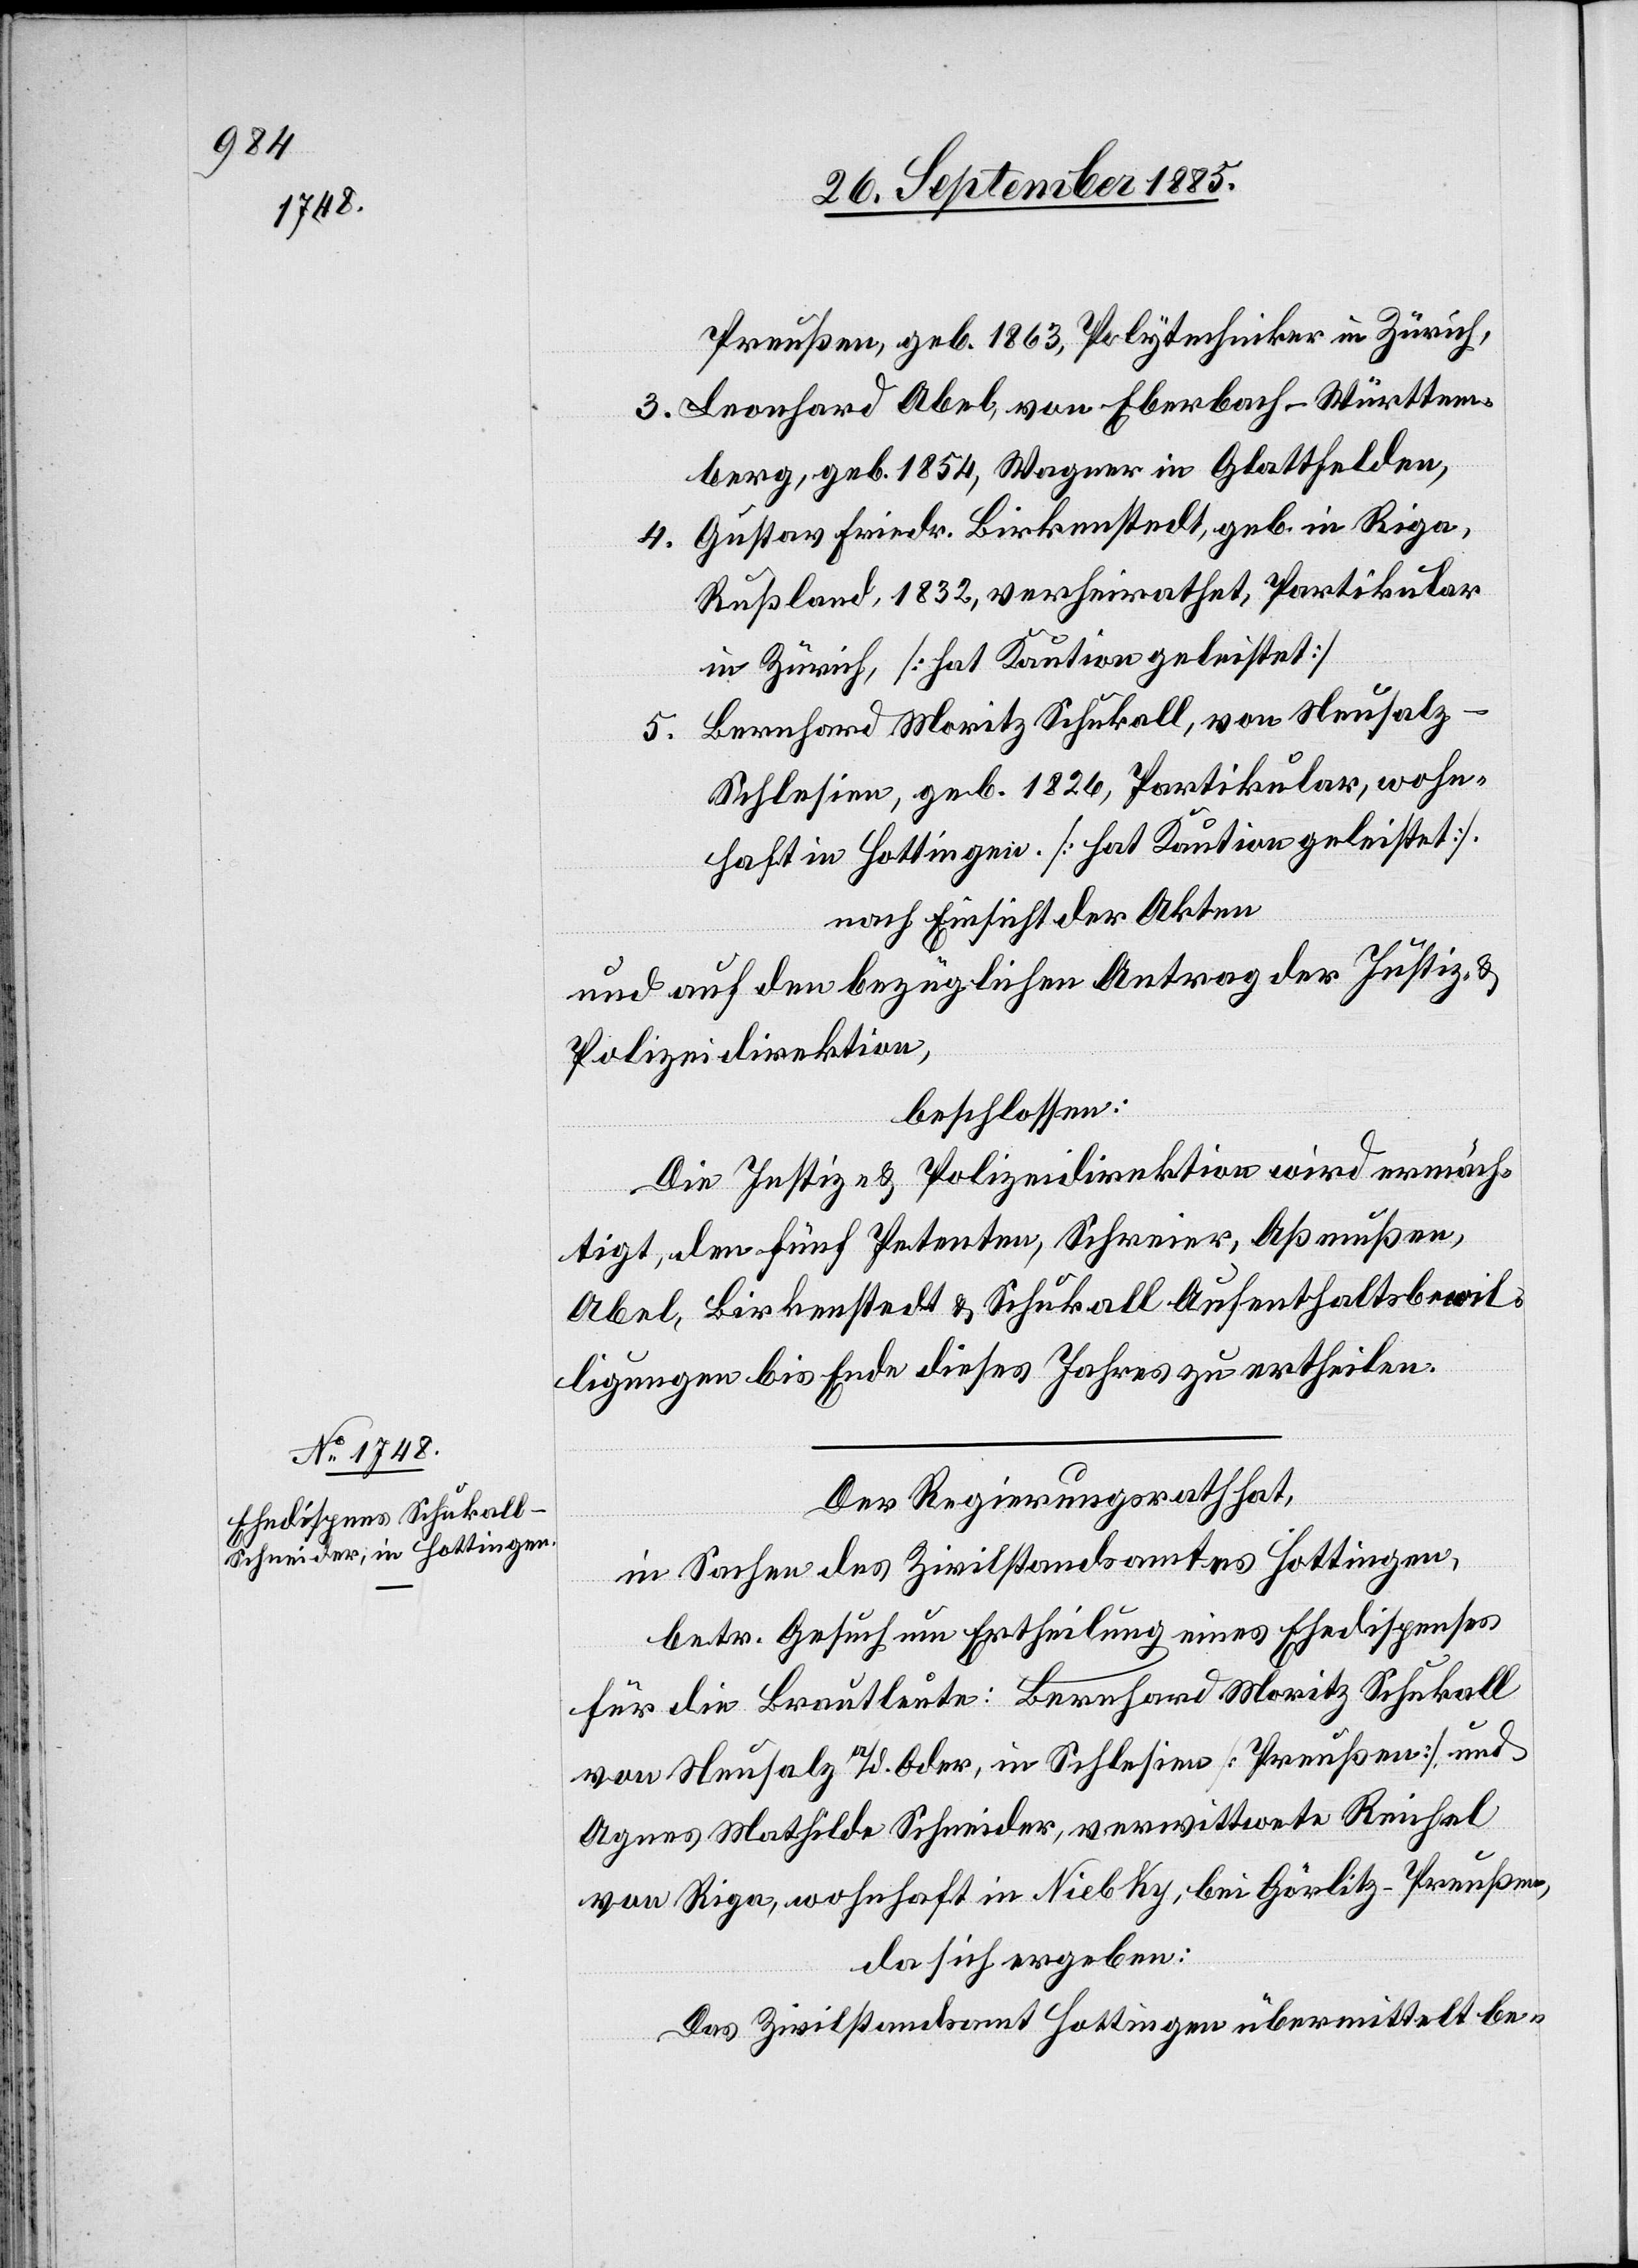
Preußen, geb. 1863, Polytechniker in Zürich,
3. Leonhard Abel, von Eberbach - Württem¬
berg, geb. 1854, Wagner in Glattfelden,
4. Gustav Friedr. Birkenstedt, geb. in Riga
Rußland, 1832, verheirathet, Partikular
in Zürich, [hat Kaution geleistet]
5. Bernhard Moritz Schukall, von Neusalz -
Schlesien, geb. 1826, Partikular, wohn¬
haft in Hottingen. [hat Kaution geleistet].
nach Einsicht der Akten
und auf den bezüglichen Antrag der Justiz- &
Polizeidirektion,
beschlossen:
Die Justiz- & Polizeidirektion wird ermäch¬
tigt, den fünf Petenten, Schreier, Aßmußen,
Abel, Birkenstedt & Schukall Aufenthaltsbewil¬
ligungen bis Ende dieses Jahres zu ertheilen.
Der Regierungsrath hat,
in Sachen des Zivilstandsamtes Hottingen,
betr. Gesuch um Ertheilung eines Ehedispenses
für die Brautleute: Bernhard Moritz Schukall
von Neusalz a/d. Oder, in Schlesien [Preußen] und
Agnes Mathilde Schneider, verwittwete Reichel
von Riga, wohnhaft in Niebky [recte: Niesky], bei Görlitz - Preußen,
da sich ergeben:
Das Zivilstandsamt Hottingen übermittelt be-